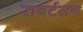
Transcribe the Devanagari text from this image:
राबर्टसन